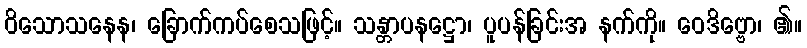
ဝိသောသနေန၊ ခြောက်ကပ်စေသဖြင့်။ သန္တာပနဋ္ဌော၊ ပူပန်ခြင်းအ နက်ကို။ ဝေဒိဗ္ဗော၊ ၏။